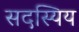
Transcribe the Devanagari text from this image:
सदस्यिय